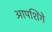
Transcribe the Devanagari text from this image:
आपशिंगे